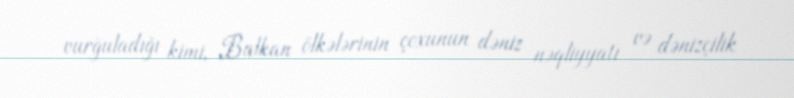
vurğuladığı kimi, Balkan ölkələrinin çoxunun dəniz nəqliyyatı və dənizçilik